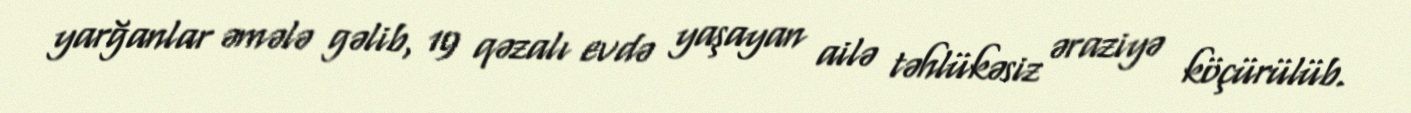
yarğanlar əmələ gəlib, 19 qəzalı evdə yaşayan ailə təhlükəsiz əraziyə köçürülüb.